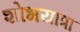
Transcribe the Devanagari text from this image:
शोभयात्रा